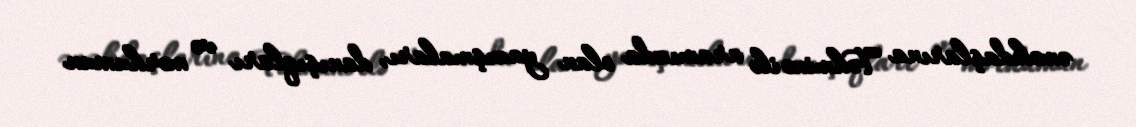
əməkdaşlarına Təhminə ilə aramızda olan yazışmaları, danışıqları və mərhumun